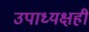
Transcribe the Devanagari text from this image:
उपाध्यक्षही